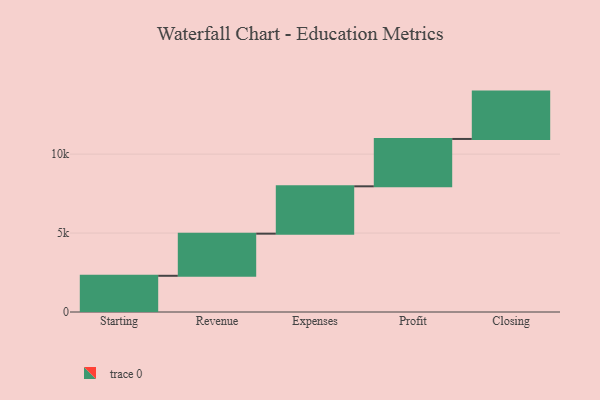
{"axis": {"x": "Step", "y": "Value"}, "legend": [""], "data": [{"x": "Starting", "y": 2294.0, "type": ""}, {"x": "Revenue", "y": 2668.0, "type": ""}, {"x": "Expenses", "y": 3000, "type": ""}, {"x": "Profit", "y": 3000, "type": ""}, {"x": "Closing", "y": 3000, "type": ""}]}